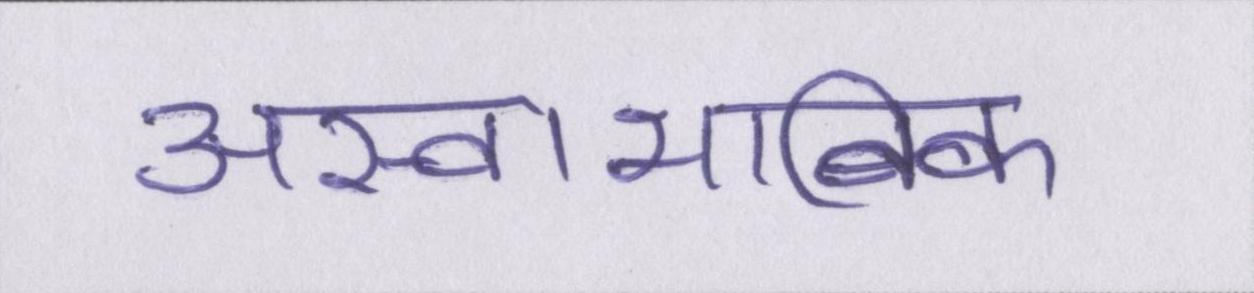
अस्वाभाविक